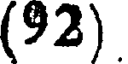
(92)